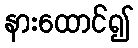
နားထောင်၍